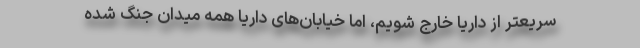
سریعتر از داریا خارج شویم، اما خیابان‌های داریا همه میدان جنگ شده